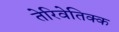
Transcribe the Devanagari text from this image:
तेरिवेतिक्क